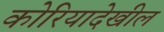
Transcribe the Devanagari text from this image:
कोरियादेखील